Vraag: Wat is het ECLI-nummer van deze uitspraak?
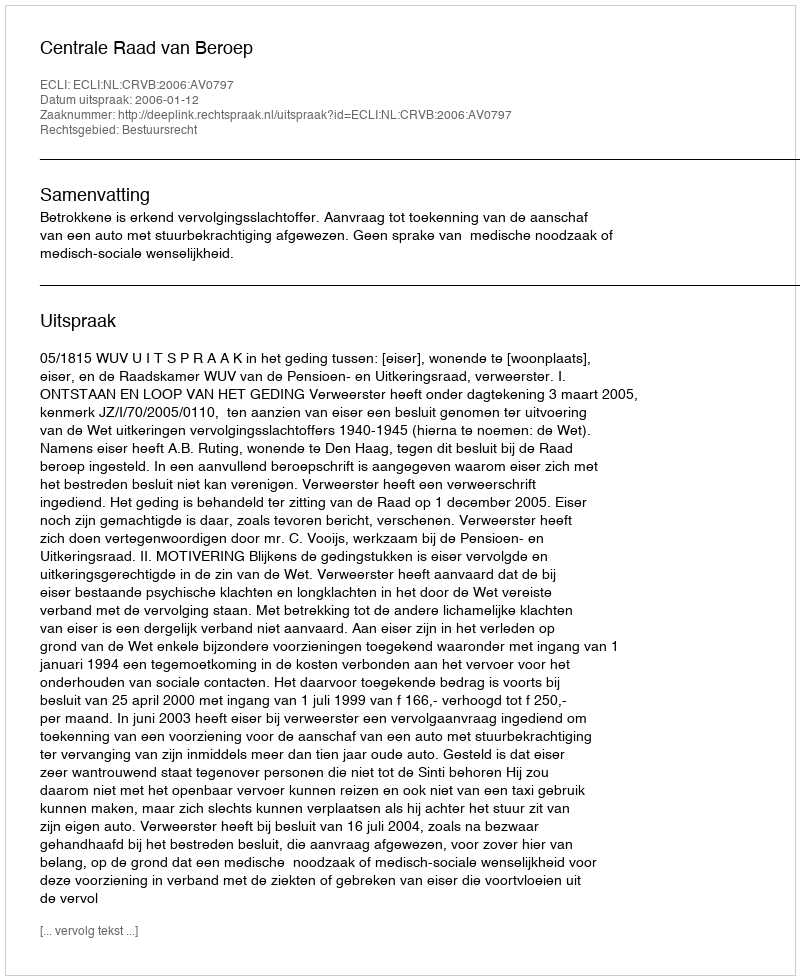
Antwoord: ECLI:NL:CRVB:2006:AV0797